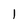
Character: 1